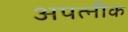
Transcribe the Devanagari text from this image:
अपत्नीक